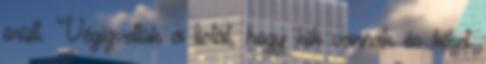
örült. Végigvettük a listát, hogy kik vannak és kiket